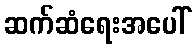
ဆက်ဆံရေးအပေါ်